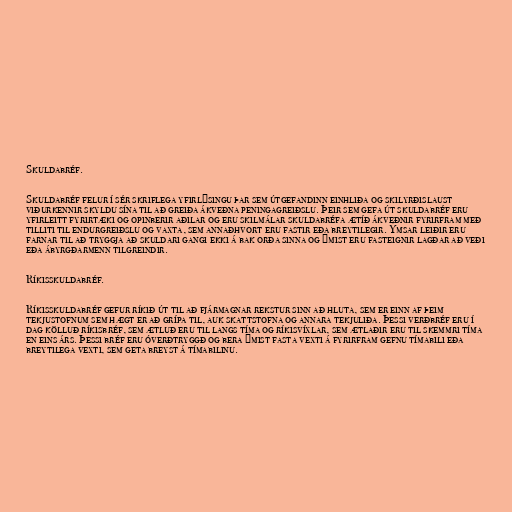
Skuldabréf.

Skuldabréf felur í sér skriflega yfirlýsingu þar sem útgefandinn einhliða og skilyrðislaust
viðurkennir skyldu sína til að greiða ákveðna peningagreiðslu. Þeir sem gefa út skuldabréf eru
yfirleitt fyrirtæki og opinberir aðilar og eru skilmálar skuldabréfa ætíð ákveðnir fyrirfram með
tilliti til endurgreiðslu og vaxta, sem annaðhvort eru fastir eða breytilegir. Ýmsar leiðir eru
farnar til að tryggja að skuldari gangi ekki á bak orða sinna og ýmist eru fasteignir lagðar að veði
eða ábyrgðarmenn tilgreindir.

Ríkisskuldabréf.

Ríkisskuldabréf gefur ríkið út til að fjármagnar rekstur sinn að hluta, sem er einn af þeim
tekjustofnum sem hægt er að grípa til, auk skattstofna og annara tekjuliða. Þessi verðbréf eru í
dag kölluð ríkisbréf, sem ætluð eru til langs tíma og ríkisvíxlar, sem ætlaðir eru til skemmri tíma
en eins árs. Þessi bréf eru óverðtryggð og bera ýmist fasta vexti á fyrirfram gefnu tímabili eða
breytilega vexti, sem geta breyst á tímabilinu.